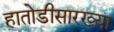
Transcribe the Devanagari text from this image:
हातोडीसारख्या